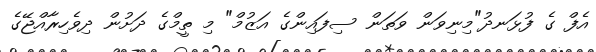
އެފް ގެ ފުޅަނދު"މިނިވަން ވަތަން ސިފައިންގެ އަޒުމް" މި ތީމްގެ ދަށުން ދިވެހިރާއްޖޭގެ